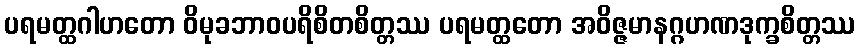
ပရမတ္ထဂါဟတော ဝိမုခဘာဝပရိစိတစိတ္တဿ ပရမတ္ထတော အဝိဇ္ဇမာနဂ္ဂဟဏဒုက္ခစိတ္တဿ